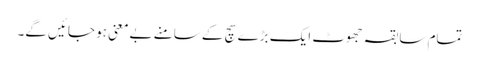
تمام سابقہ جھوٹ ایک بڑے سچ کے سامنے بےمعنی ہو جائیں گے۔